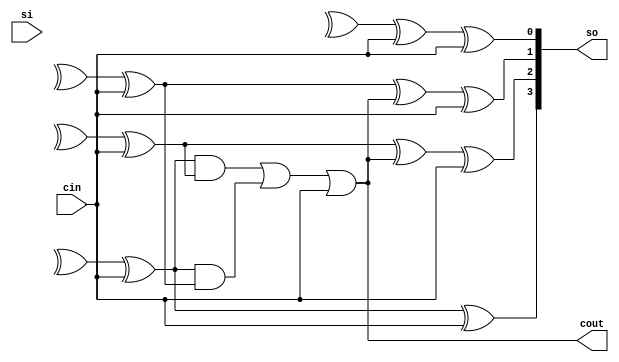
module bcd(output wire [3:0]so,output wire cout,input wire [3:0]si,input wire cin);
wire [3:0]a;
wire [3:0]b;
wire [3:0]a1;
wire [3:0]b1;

assign si[3] = a[3]^b[3]^cin;
assign si[2] = a[2]^b[2]^cin;
assign si[1] = a[1]^b[1]^cin;
assign si[0] = a[0]^b[0]^cin;

assign a1[3] = si[3]; 
assign a1[2] = si[2]; 
assign a1[1] = si[1]; 
assign a1[0] = si[0]; 
assign cout = si[3]&si[2]|si[3]&si[1]|cin;
assign b1[3] = 0;
assign b1[0] = 0;
assign b1[2] = cout;
assign b1[1] = cout;


assign so[3] = a1[3]^b1[3]^cin;
assign so[2] = a1[2]^b1[2]^cin;
assign so[1] = a1[1]^b1[1]^cin;
assign so[0] = a1[0]^b1[0]^cin;



endmodule